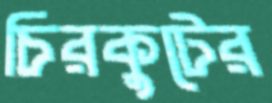
চিরকুটের